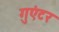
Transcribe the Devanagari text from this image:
गुएंटर